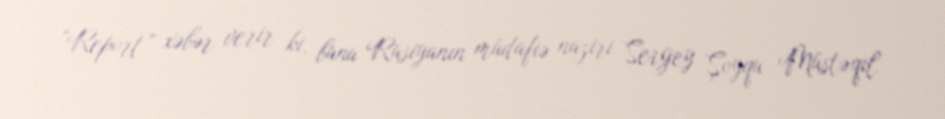
“Report” xəbər verir ki, bunu Rusiyanın müdafiə naziri Sergey Şoyqu Müstəqil